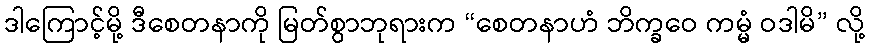
ဒါကြောင့်မို့ ဒီစေတနာကို မြတ်စွာဘုရားက “စေတနာဟံ ဘိက္ခဝေ ကမ္မံ ဝဒါမိ” လို့